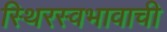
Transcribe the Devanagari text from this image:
स्थिरस्वभावाची